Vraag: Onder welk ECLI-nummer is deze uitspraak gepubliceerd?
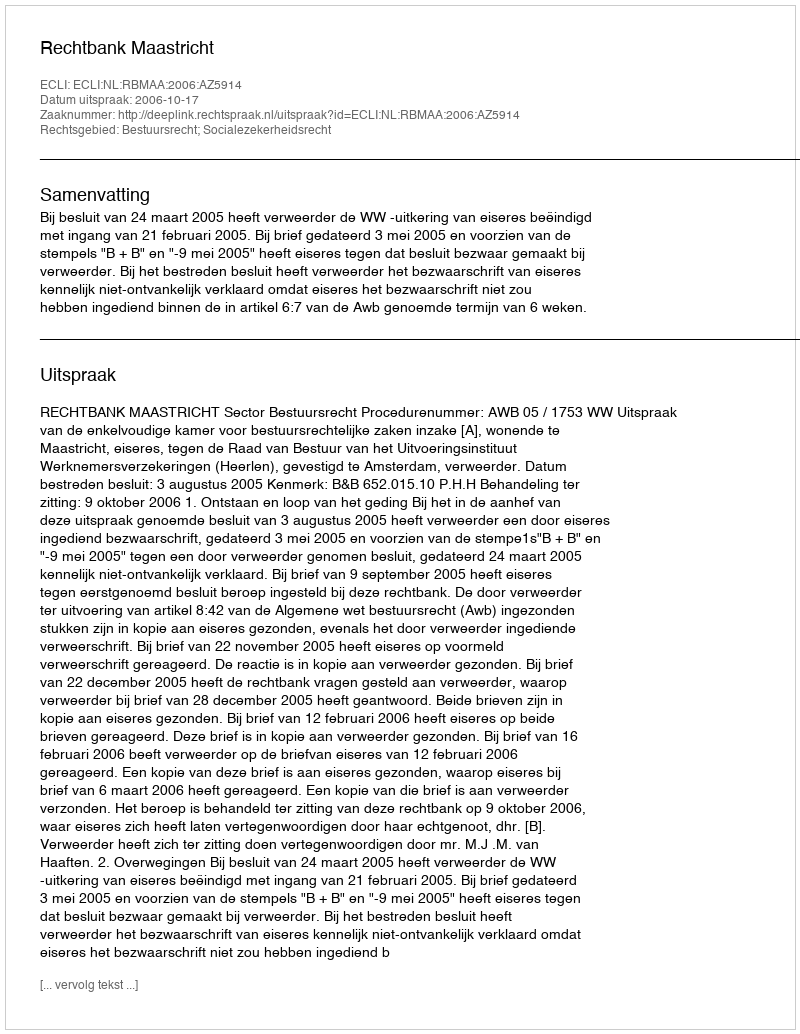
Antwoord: ECLI:NL:RBMAA:2006:AZ5914